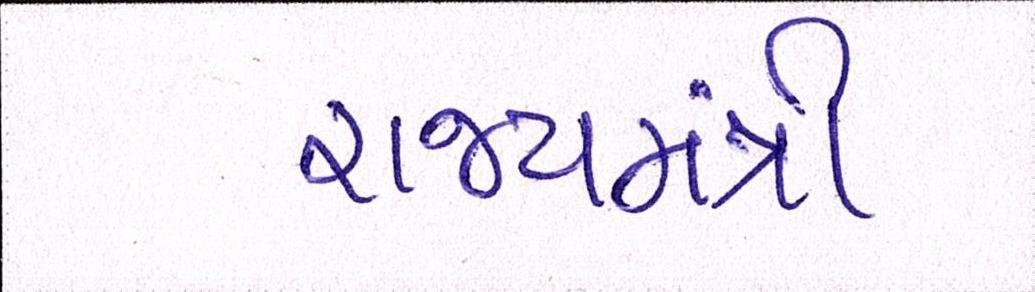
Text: રાજ્યમંત્રી